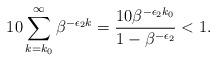
LaTeX: \begin{align*}10\sum_{k=k_0}^\infty \beta^{-\epsilon_2 k} = {10\beta^{-\epsilon_2k_0} \over 1- \beta^{-\epsilon_2}}<1.\end{align*}